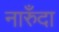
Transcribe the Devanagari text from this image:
नारुँदा